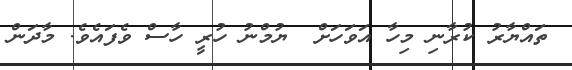
ތައްޔާރު ކުރާނި މިހާ އަވަހަށް  ޔުމްނު ހުރީ ހާސް ވެފައެވެ. މާދަން